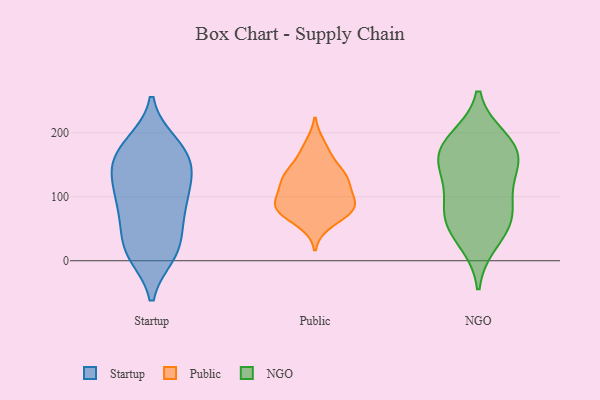
{"axis": {"x": "Bounce Rate (%)", "y": "Value"}, "legend": ["NGO", "Public", "Startup"], "data": [{"x": "", "y": 38, "type": "Startup"}, {"x": "", "y": 81, "type": "Startup"}, {"x": "", "y": 139, "type": "Startup"}, {"x": "", "y": 177, "type": "Startup"}, {"x": "", "y": 150, "type": "Startup"}, {"x": "", "y": 134, "type": "Startup"}, {"x": "", "y": 115, "type": "Startup"}, {"x": "", "y": 91, "type": "Startup"}, {"x": "", "y": 73, "type": "Startup"}, {"x": "", "y": 111, "type": "Startup"}, {"x": "", "y": 164, "type": "Startup"}, {"x": "", "y": 12, "type": "Startup"}, {"x": "", "y": 10, "type": "Startup"}, {"x": "", "y": 69, "type": "Startup"}, {"x": "", "y": 182, "type": "Startup"}, {"x": "", "y": 17, "type": "Startup"}, {"x": "", "y": 148, "type": "Startup"}, {"x": "", "y": 184, "type": "Startup"}, {"x": "", "y": 15, "type": "Startup"}, {"x": "", "y": 128, "type": "Public"}, {"x": "", "y": 87, "type": "Public"}, {"x": "", "y": 60, "type": "Public"}, {"x": "", "y": 77, "type": "Public"}, {"x": "", "y": 84, "type": "Public"}, {"x": "", "y": 90, "type": "Public"}, {"x": "", "y": 128, "type": "Public"}, {"x": "", "y": 165, "type": "Public"}, {"x": "", "y": 87, "type": "Public"}, {"x": "", "y": 136, "type": "Public"}, {"x": "", "y": 180, "type": "Public"}, {"x": "", "y": 82, "type": "Public"}, {"x": "", "y": 118, "type": "Public"}, {"x": "", "y": 131, "type": "Public"}, {"x": "", "y": 163, "type": "NGO"}, {"x": "", "y": 166, "type": "NGO"}, {"x": "", "y": 75, "type": "NGO"}, {"x": "", "y": 114, "type": "NGO"}, {"x": "", "y": 179, "type": "NGO"}, {"x": "", "y": 142, "type": "NGO"}, {"x": "", "y": 189, "type": "NGO"}, {"x": "", "y": 64, "type": "NGO"}, {"x": "", "y": 66, "type": "NGO"}, {"x": "", "y": 31, "type": "NGO"}]}